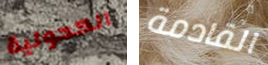
الكحولية القادمة